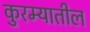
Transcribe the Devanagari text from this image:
कुरम्यातील